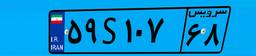
۵۹S۱۰۷۶۸